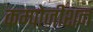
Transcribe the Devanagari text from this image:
कम्पोज़ीशन